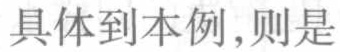
具体到本例,则是